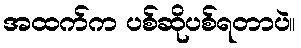
အထက်က ပစ်ဆိုပစ်ရတာပဲ။